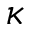
\kappa